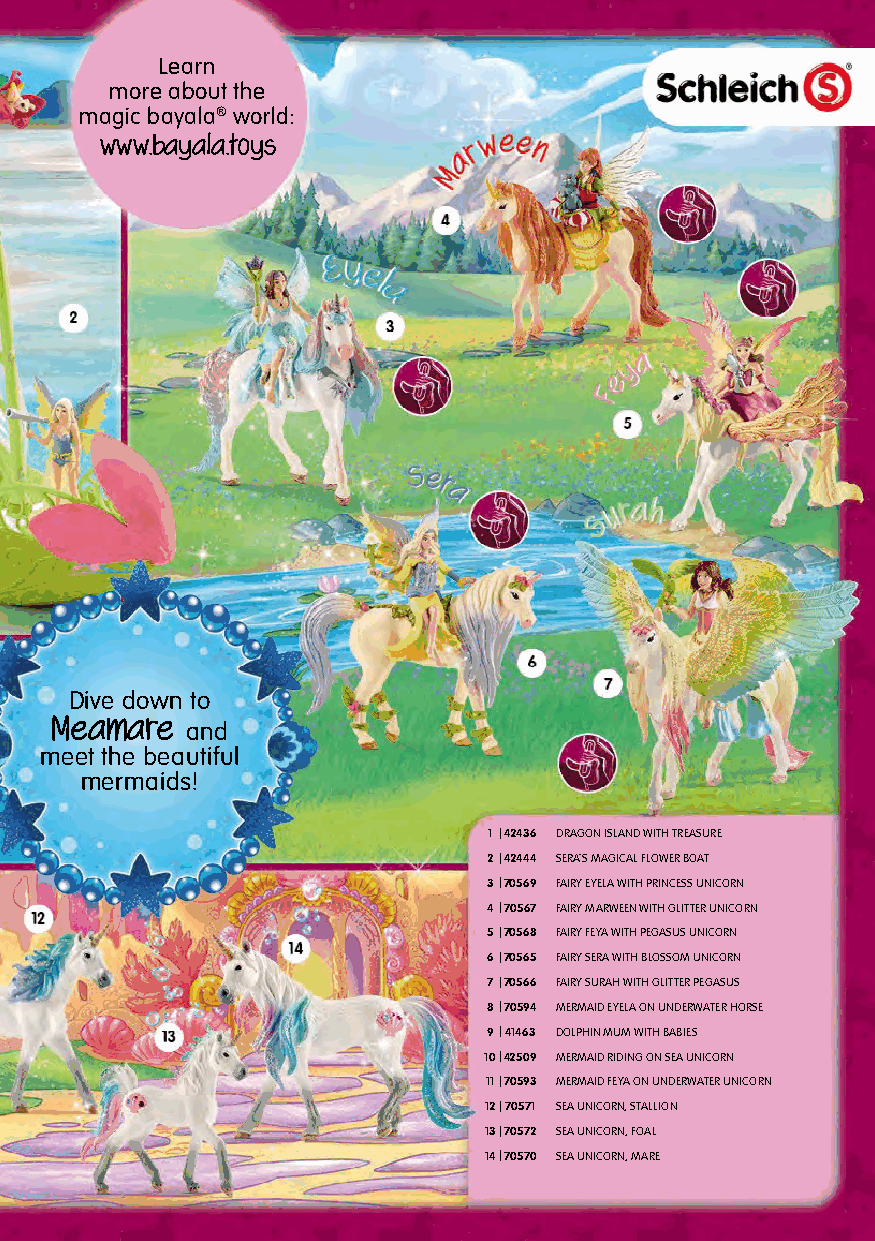
Learn
 more about the
 magic bayala® world:
 www.bayala.toys
 Dive down to
 Meamare
 and
 meet the beautiful
 mermaids!
 1 |42436 DRAGON ISLAND WITH TREASURE
 2|42444 SERA`S MAGICAL FLOWER BOAT
 3|70569 FAIRY EYELA WITH PRINCESS UNICORN
 4|70567 FAIRY MARWEEN WITH GLITTER UNICORN
 5|70568 FAIRY FEYA WITH PEGASUS UNICORN
 6|70565 FAIRY SERA WITH BLOSSOM UNICORN
 7|70566 FAIRY SURAH WITH GLITTER PEGASUS
 8|70594 MERMAID EYELA ON UNDERWATER HORSE
 9|41463 DOLPHIN MUM WITH BABIES
 10|42509 MERMAID RIDING ON SEA UNICORN
 11|70593 MERMAID FEYA ON UNDERWATER UNICORN
 12|70571 SEA UNICORN, STALLION
 13|70572 SEA UNICORN, FOAL
 14|70570 SEA UNICORN, MARE